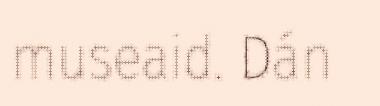
museaid. Dán